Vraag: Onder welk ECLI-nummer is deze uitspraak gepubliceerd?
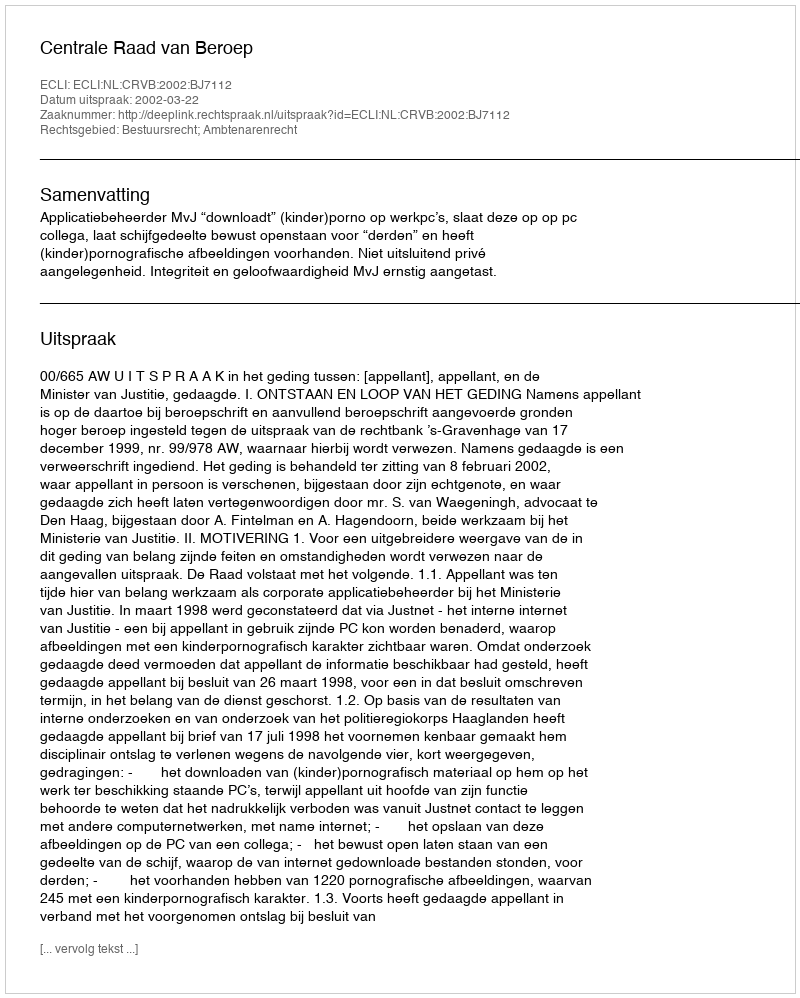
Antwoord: ECLI:NL:CRVB:2002:BJ7112